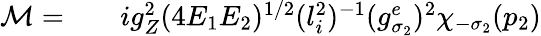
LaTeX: \begin{array}{rlr}{{\cal M}=}&{{}}&{ig_{Z}^{2}(4E_{1}E_{2})^{1/2}(l_{i}^{2})^{-1}(g_{\sigma_{2}}^{e})^{2}\chi_{-\sigma_{2}}(p_{2})}\end{array}